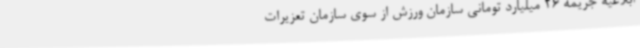
ابلاغیه جریمه 26 میلیارد تومانی سازمان ورزش از سوی سازمان تعزیرات